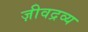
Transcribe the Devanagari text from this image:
ज़ीवद्रव्य